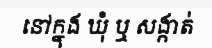
នៅក្នុង ឃុំ ឬ សង្កាត់